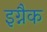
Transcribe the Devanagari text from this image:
इग्नैक